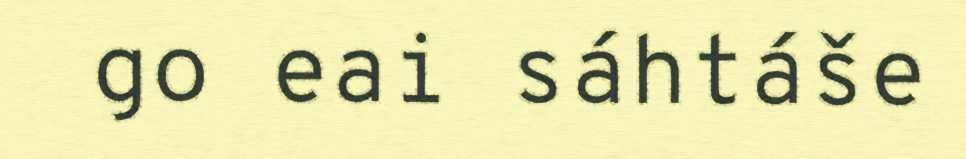
go eai sáhtáše